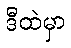
ဒီထဲမှာ